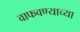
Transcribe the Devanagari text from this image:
वाफवण्याच्या